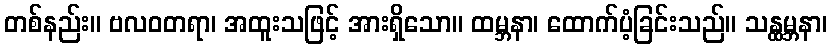
တစ်နည်း။ ဗလဝတရာ၊ အထူးသဖြင့် အားရှိသော။ ထမ္ဘနာ၊ ထောက်ပံ့ခြင်းသည်။ သန္ထမ္ဘနာ၊